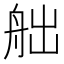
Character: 𦨥